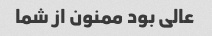
عالی بود ممنون از شما